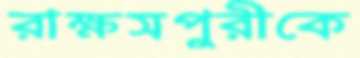
রাক্ষসপুরীকে